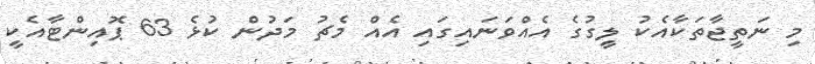
މި ނަތީޖާތަކާއެކު ލީގުގެ އެއްވަނައިގައި އެއް މެޗު މަދުން ކުޅެ 63 ޕޮއިންޓާއެކީ